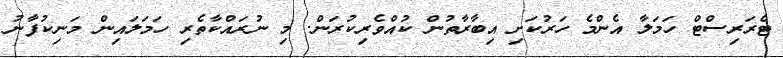
ޓެރަރިސްޓް ހަމަލާ އެންމެ ހަރުކަށި އިބާރާތުން ކުއްވެރިކުރަން. މި ނުރައްކާތެރި ހަމަލައިން މަނިކުފާނު